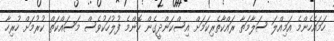
ހަމައެހެންމެ އަމިއްލަ ސަލާމަތާ ރައްކާތެރިކަމަށް އިސްކަންދީގެން ކޮންމެ ފުލުހަކުވެސް މަސައްކަތް ކުރުމަށް ހުރިހާ